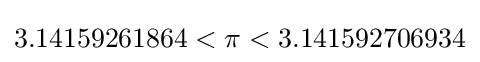
3.14159261864<\pi <3.141592706934